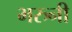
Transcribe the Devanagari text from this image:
भरुनी